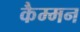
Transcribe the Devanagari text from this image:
कैम्मन